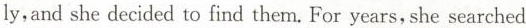
ly,and she decided to find them, For years, she searched